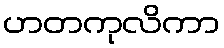
ဟတကုလိကာ